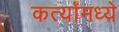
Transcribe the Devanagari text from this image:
कर्त्यांमध्ये